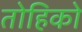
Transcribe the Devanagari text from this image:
तोहिको